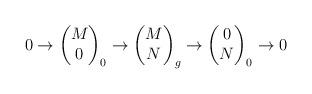
LaTeX: \begin{align*}0\to \begin{pmatrix} M\\0\end{pmatrix}_0\to \begin{pmatrix}M\\N\end{pmatrix}_g\to \begin{pmatrix}0\\N\end{pmatrix}_0\to 0\end{align*}